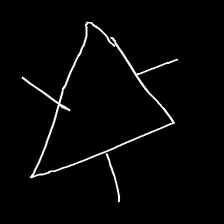
Glyph: fire